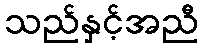
သည်နှင့်အညီ